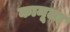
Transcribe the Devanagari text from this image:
कामूला